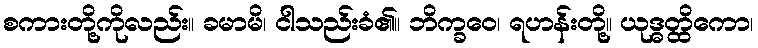
စကားတို့ကိုလည်း။ ခမာမိ၊ ငါသည်းခံ၏။ ဘိက္ခဝေ၊ ရဟန်းတို့။ ယုဒ္ဓတ္ထိကော၊